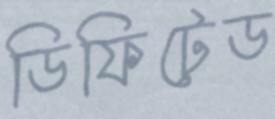
ডিফিটেড